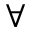
\forall